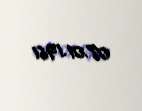
08.01.1961